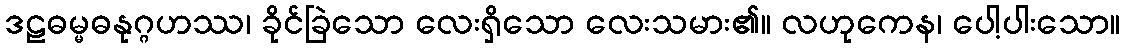
ဒဠဓမ္မဓနုဂ္ဂဟဿ၊ ခိုင်ခြဲသော လေးရှိသော လေးသမား၏။ လဟုကေန၊ ပေါ့ပါးသော။